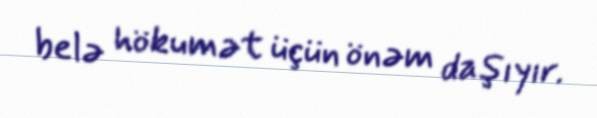
belə hökumət üçün önəm daşıyır.